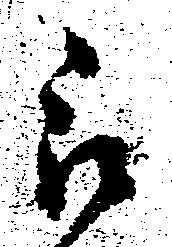
被